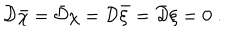
{ \cal D } { \bar { \chi } } = { \bar { \cal D } } \chi = { \cal D } { \bar { \xi } } = { \bar { \cal D } } \xi = 0 \; .